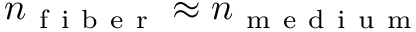
n _ { \mathrm { ~ f ~ i ~ b ~ e ~ r ~ } } \approx n _ { \mathrm { ~ m ~ e ~ d ~ i ~ u ~ m ~ } }